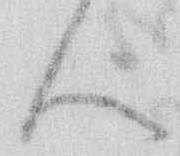
ん